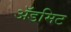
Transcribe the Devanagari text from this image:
ॲडमिट